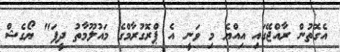
އެގޮތުން ރާއްޖޭގައި އިއްޔެ މި ވަނީ އެ ޕްރޮގުރާމްގެ މައުލޫމާތު ދީފަ" ޔޯގެޝް